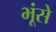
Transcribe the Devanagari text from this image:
भूंसे